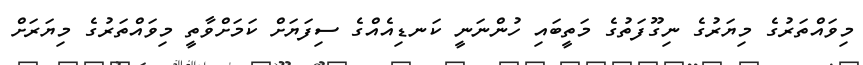
މިވައްތަރުގެ މިޔަރުގެ ނިގޫފަތުގެ މަތީބައި ހުންނަނީ ކަނޑިއެއްގެ ސިފަޔަށް ކަމަށްވާތީ މިވައްތަރުގެ މިޔަރަށް